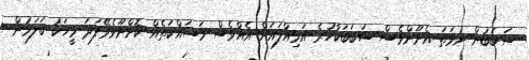
ސަބަބުން ނުވަތަ އެނޫންވެސް ސަބަބަކާހުރެ އަމިއްލައަށް އެއްވެސް މަސައްކަތެއް ކޮށްނޫޅެވޭފަދަ މީހަކު ބަލަމުން